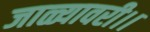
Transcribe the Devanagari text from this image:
जाळ्यावरी।।